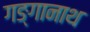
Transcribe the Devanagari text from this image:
गङ्गानाथ